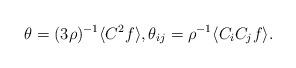
LaTeX: \begin{align*}\theta = (3 \rho)^{-1} \langle C^2 f \rangle, \theta_{ij} = \rho^{-1} \langle C_i C_j f \rangle.\end{align*}